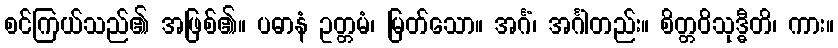
စင်ကြယ်သည်၏ အဖြစ်၏။ ပဓာနံ ဥတ္တမံ၊ မြတ်သော။ အင်္ဂံ၊ အင်္ဂါတည်း။ စိတ္တဝိသုဒ္ဓီတိ၊ ကား။